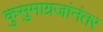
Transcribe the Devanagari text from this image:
कुसुमाग्रजांनंतर